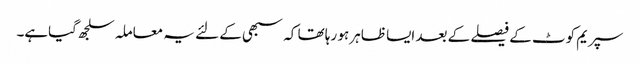
سپریم کوٹ کے فیصلے کے بعد ایسا ظاہر ہو رہا تھا کہ سبھی کے لئے یہ معاملہ سلجھ گیاہے۔